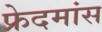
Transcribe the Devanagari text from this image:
फ्रेदमांस